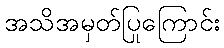
အသိအမှတ်ပြုကြောင်း